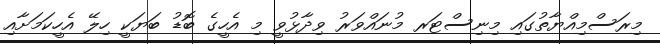
މިރަސްމިއްޔާތުގައި މިނިސްޓަރ މުނައްވަރު ވިދާޅުވީ މި އެހީގެ ބޮޑު ބަޔަކީ ހިލޭ އެހީކަމަށާއި